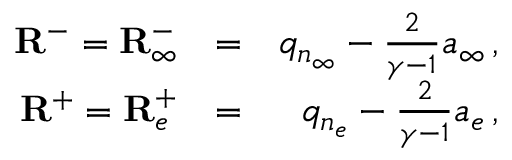
\begin{array} { r l r } { \mathbf { R } ^ { - } = { \mathbf { R } } _ { \infty } ^ { - } } & { = } & { q _ { n _ { \infty } } - \frac { 2 } { \gamma - 1 } a _ { \infty } \, \mathrm { , } } \\ { \mathbf { R } ^ { + } = { \mathbf { R } } _ { e } ^ { + } } & { = } & { q _ { n _ { e } } - \frac { 2 } { \gamma - 1 } a _ { e } \, \mathrm { , } } \end{array}